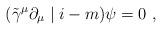
LaTeX: \begin{align*}(\tilde{\gamma}^{\mu}\partial_{\mu}\mid i-m) \psi = 0 ~,\end{align*}